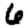
Digit: 6